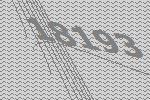
18193